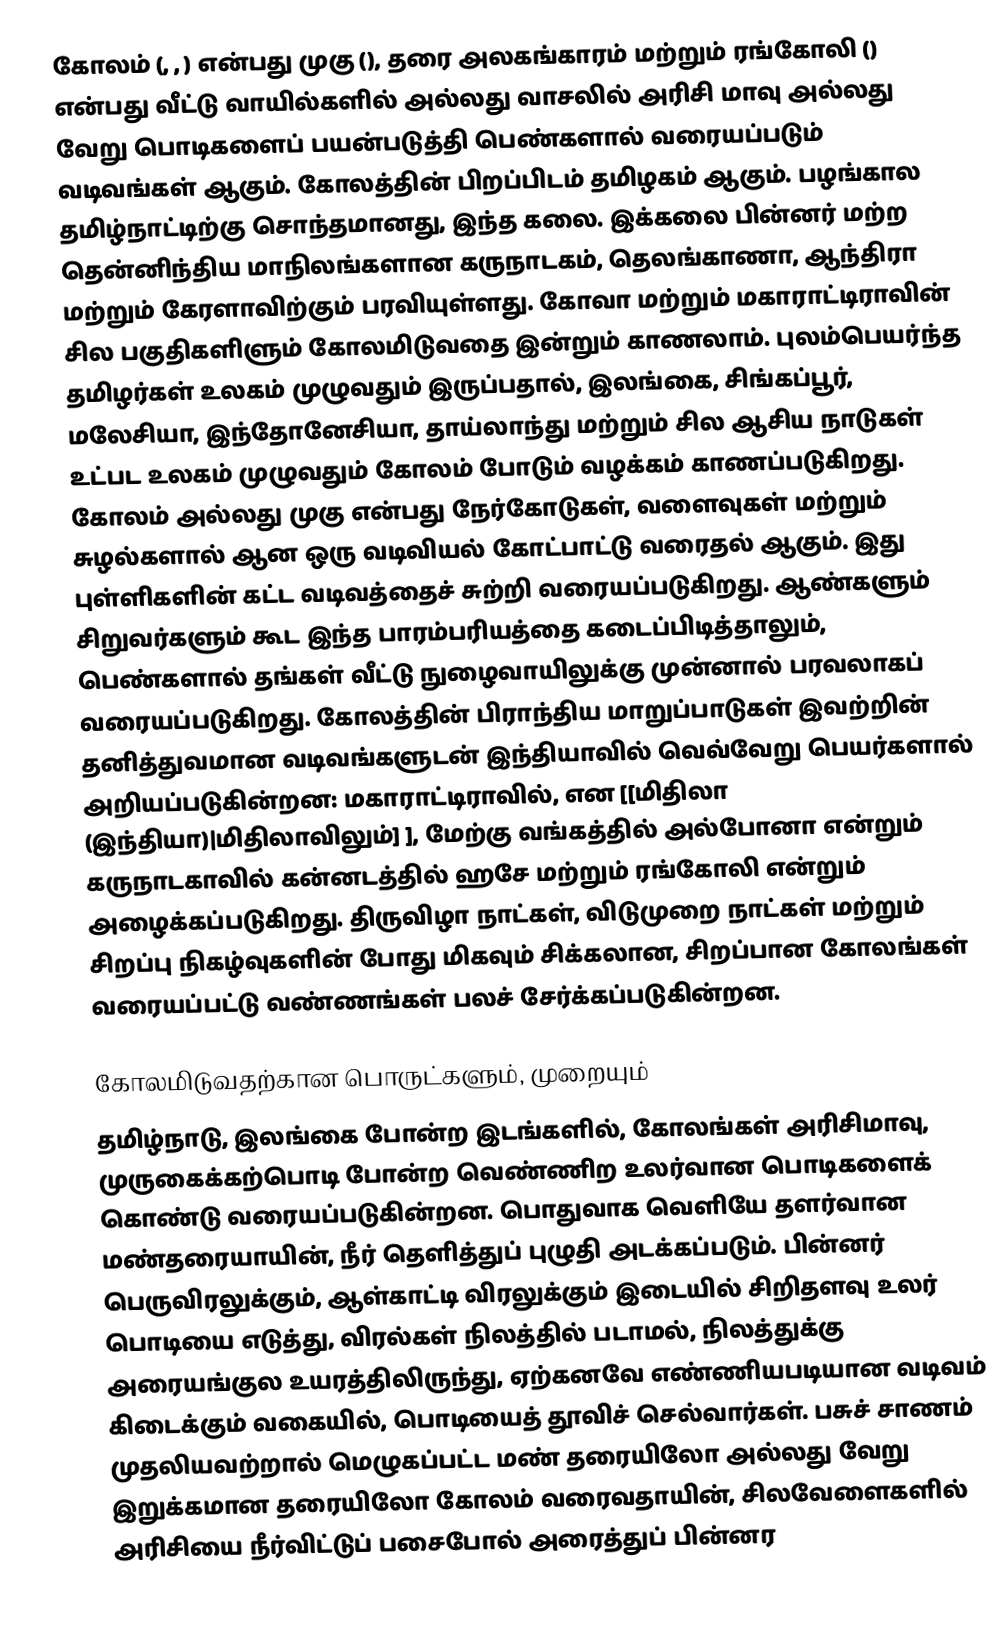
கோலம் (, , ) என்பது முகு (), தரை அலகங்காரம் மற்றும் ரங்கோலி ()  என்பது வீட்டு வாயில்களில் அல்லது வாசலில் அரிசி மாவு அல்லது வேறு பொடிகளைப் பயன்படுத்தி பெண்களால் வரையப்படும்  வடிவங்கள் ஆகும்.  கோலத்தின் பிறப்பிடம் தமிழகம் ஆகும். பழங்கால தமிழ்நாட்டிற்கு சொந்தமானது, இந்த கலை. இக்கலை பின்னர் மற்ற தென்னிந்திய மாநிலங்களான கருநாடகம், தெலங்காணா, ஆந்திரா மற்றும் கேரளாவிற்கும் பரவியுள்ளது. கோவா மற்றும் மகாராட்டிராவின் சில பகுதிகளிளும் கோலமிடுவதை இன்றும் காணலாம். புலம்பெயர்ந்த தமிழர்கள் உலகம் முழுவதும் இருப்பதால், இலங்கை, சிங்கப்பூர், மலேசியா, இந்தோனேசியா, தாய்லாந்து மற்றும் சில ஆசிய நாடுகள் உட்பட உலகம் முழுவதும் கோலம் போடும் வழக்கம் காணப்படுகிறது. கோலம் அல்லது முகு என்பது நேர்கோடுகள், வளைவுகள் மற்றும் சுழல்களால் ஆன ஒரு வடிவியல் கோட்பாட்டு வரைதல் ஆகும். இது புள்ளிகளின் கட்ட வடிவத்தைச் சுற்றி வரையப்படுகிறது. ஆண்களும் சிறுவர்களும் கூட இந்த பாரம்பரியத்தை கடைப்பிடித்தாலும், பெண்களால் தங்கள் வீட்டு நுழைவாயிலுக்கு முன்னால் பரவலாகப் வரையப்படுகிறது. கோலத்தின் பிராந்திய மாறுப்பாடுகள் இவற்றின் தனித்துவமான வடிவங்களுடன் இந்தியாவில் வெவ்வேறு பெயர்களால் அறியப்படுகின்றன:  மகாராட்டிராவில்,  என [[மிதிலா (இந்தியா)|மிதிலாவிலும்] ], மேற்கு வங்கத்தில் அல்போனா என்றும் கருநாடகாவில் கன்னடத்தில் ஹசே மற்றும் ரங்கோலி என்றும் அழைக்கப்படுகிறது. திருவிழா நாட்கள், விடுமுறை நாட்கள் மற்றும் சிறப்பு நிகழ்வுகளின் போது மிகவும் சிக்கலான, சிறப்பான கோலங்கள் வரையப்பட்டு வண்ணங்கள் பலச் சேர்க்கப்படுகின்றன.

கோலமிடுவதற்கான பொருட்களும், முறையும்
தமிழ்நாடு, இலங்கை போன்ற இடங்களில், கோலங்கள் அரிசிமாவு, முருகைக்கற்பொடி போன்ற வெண்ணிற உலர்வான பொடிகளைக் கொண்டு வரையப்படுகின்றன. பொதுவாக வெளியே தளர்வான மண்தரையாயின், நீர் தெளித்துப் புழுதி அடக்கப்படும். பின்னர் பெருவிரலுக்கும், ஆள்காட்டி விரலுக்கும் இடையில் சிறிதளவு உலர் பொடியை எடுத்து, விரல்கள் நிலத்தில் படாமல், நிலத்துக்கு அரையங்குல உயரத்திலிருந்து, ஏற்கனவே எண்ணியபடியான வடிவம் கிடைக்கும் வகையில், பொடியைத் தூவிச் செல்வார்கள். பசுச் சாணம் முதலியவற்றால் மெழுகப்பட்ட மண் தரையிலோ அல்லது வேறு இறுக்கமான தரையிலோ கோலம் வரைவதாயின், சிலவேளைகளில் அரிசியை நீர்விட்டுப் பசைபோல் அரைத்துப் பின்னர